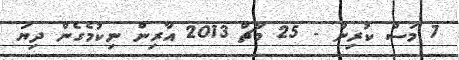
7 މަސް ކުރިން - 25 މާޗް 2013 އާރިން ނިކުމެގެން ދިޔަ